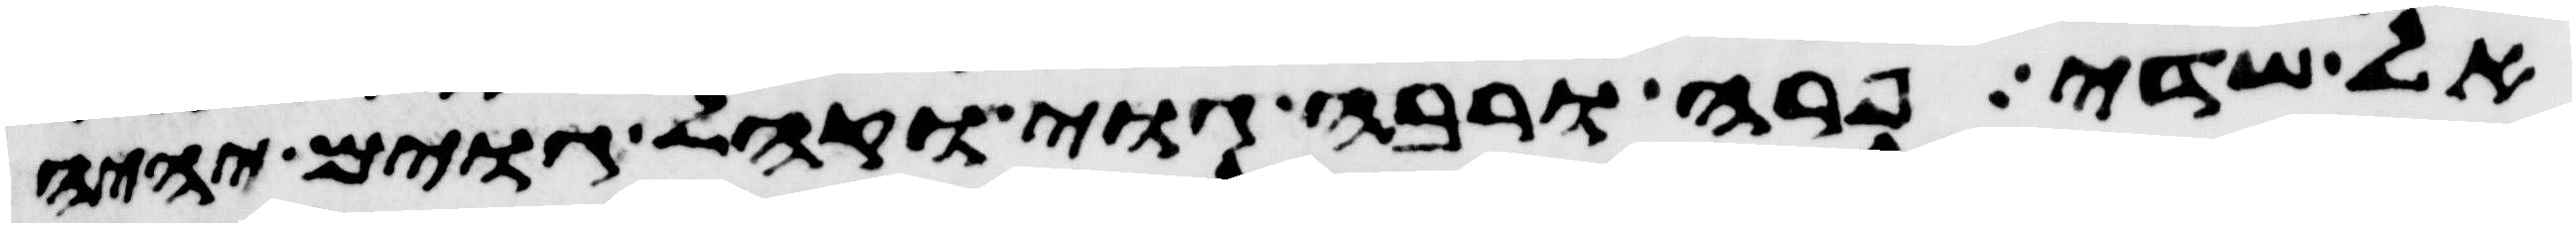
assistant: אל שדי פרה ורבה גוי וקהל גוים יהיה